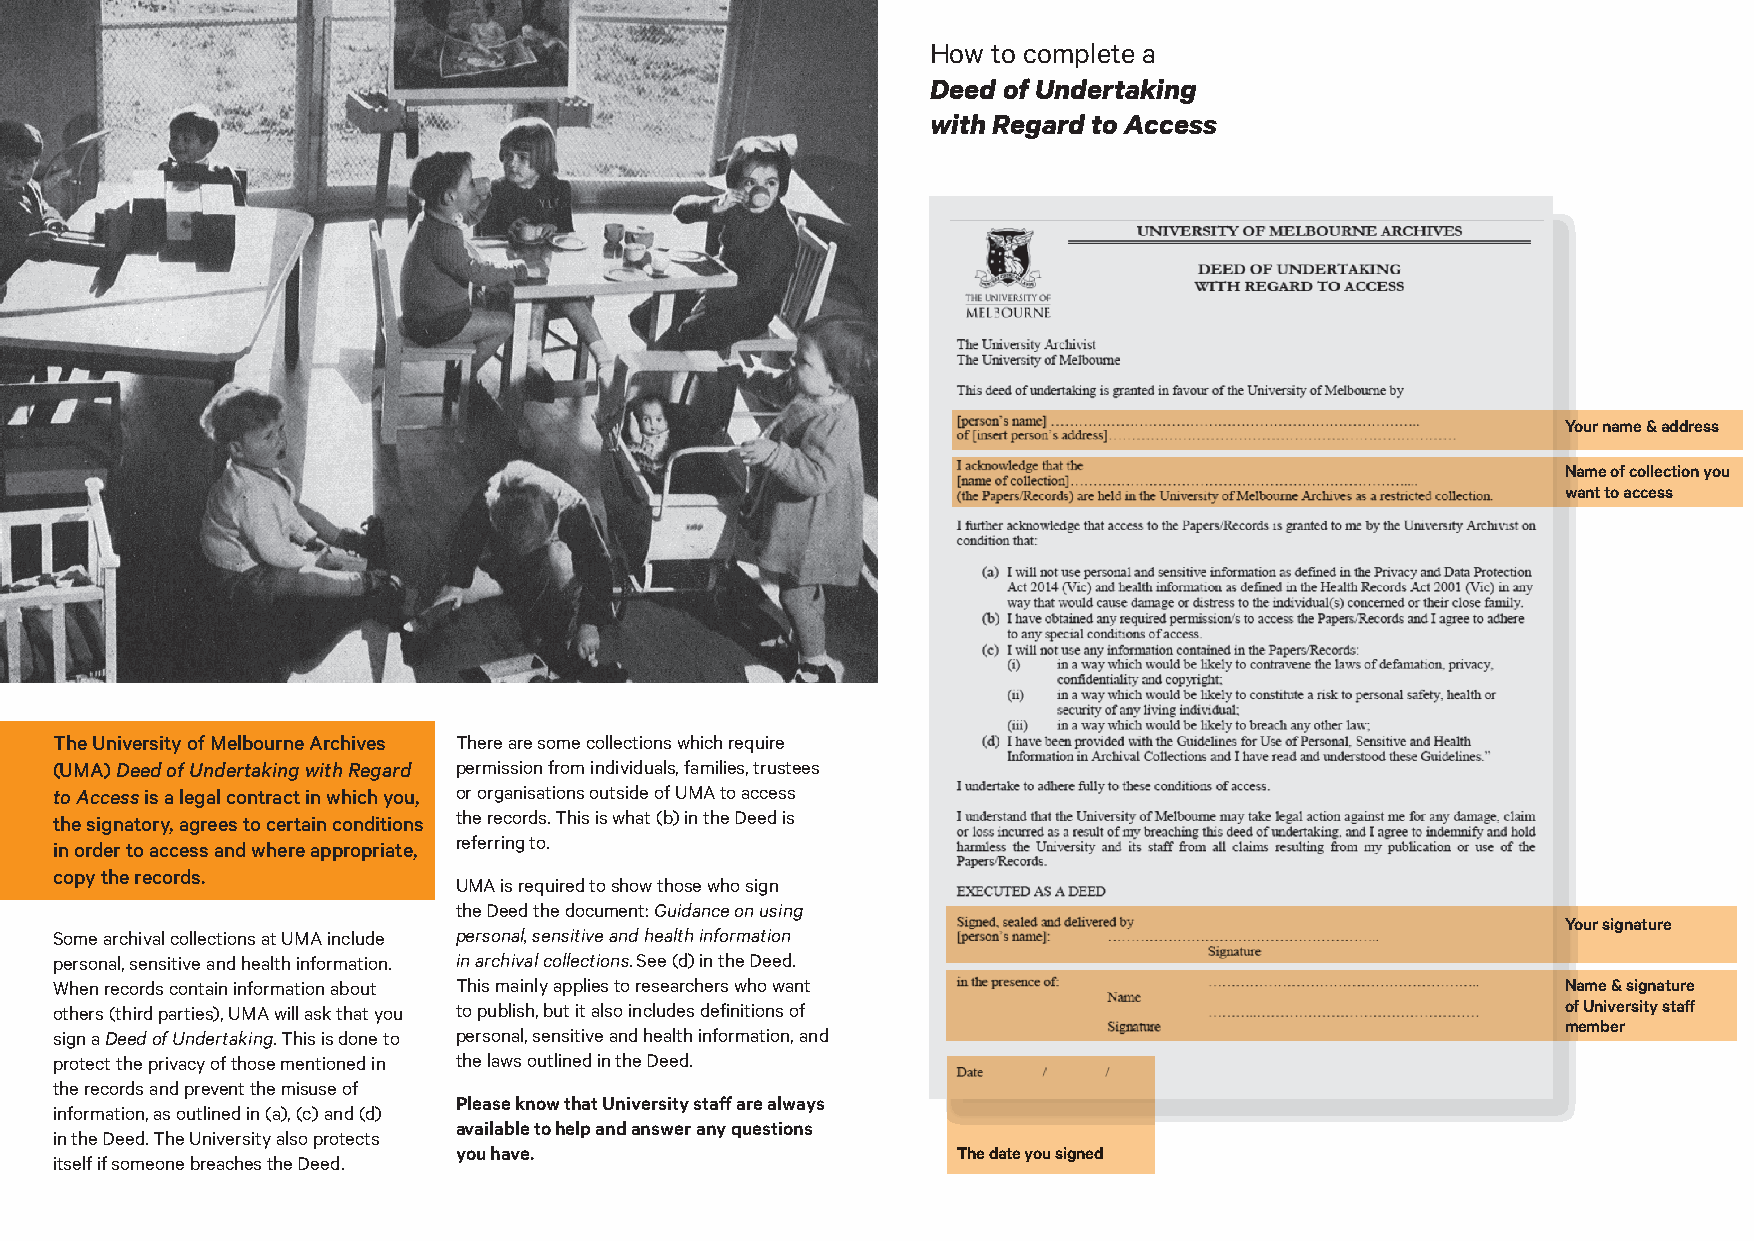
How to complete a
 Deed of Undertaking
 with Regard to Access
 Your name & address
 Name of collection you
 want to access
 The University of Melbourne Archives There are some collections which require
 (UMA) Deed of Undertaking with Regard permission from individuals, families, trustees
 to Access is a legal contract in which you, or organisations outside of UMA to access
 the signatory, agrees to certain conditions the records. This is what (b) in the Deed is
 referring to.
 in order to access and where appropriate,
 copy the records.
 UMA is required to show those who sign
 the Deed the document: Guidance on using
 Your signature
 Some archival collections at UMA include personal, sensitive and health information
 personal, sensitive and health information. in archival collections. See (d) in the Deed.
 When records contain information about This mainly applies to researchers who want                  Name & signature
 others (third parties), UMA will ask that you to publish, but it also includes definitions of       of University staff
 member
 sign a Deed of Undertaking. This is done to personal, sensitive and health information, and
 protect the privacy of those mentioned in the laws outlined in the Deed.
 the records and prevent the misuse of
 Please know that University staff are always
 information, as outlined in (a), (c) and (d)
 available to help and answer any questions
 in the Deed. The University also protects
 you have.                        The date you signed
 itself if someone breaches the Deed.